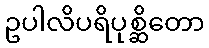
ဥပါလိပရိပုစ္ဆိတော